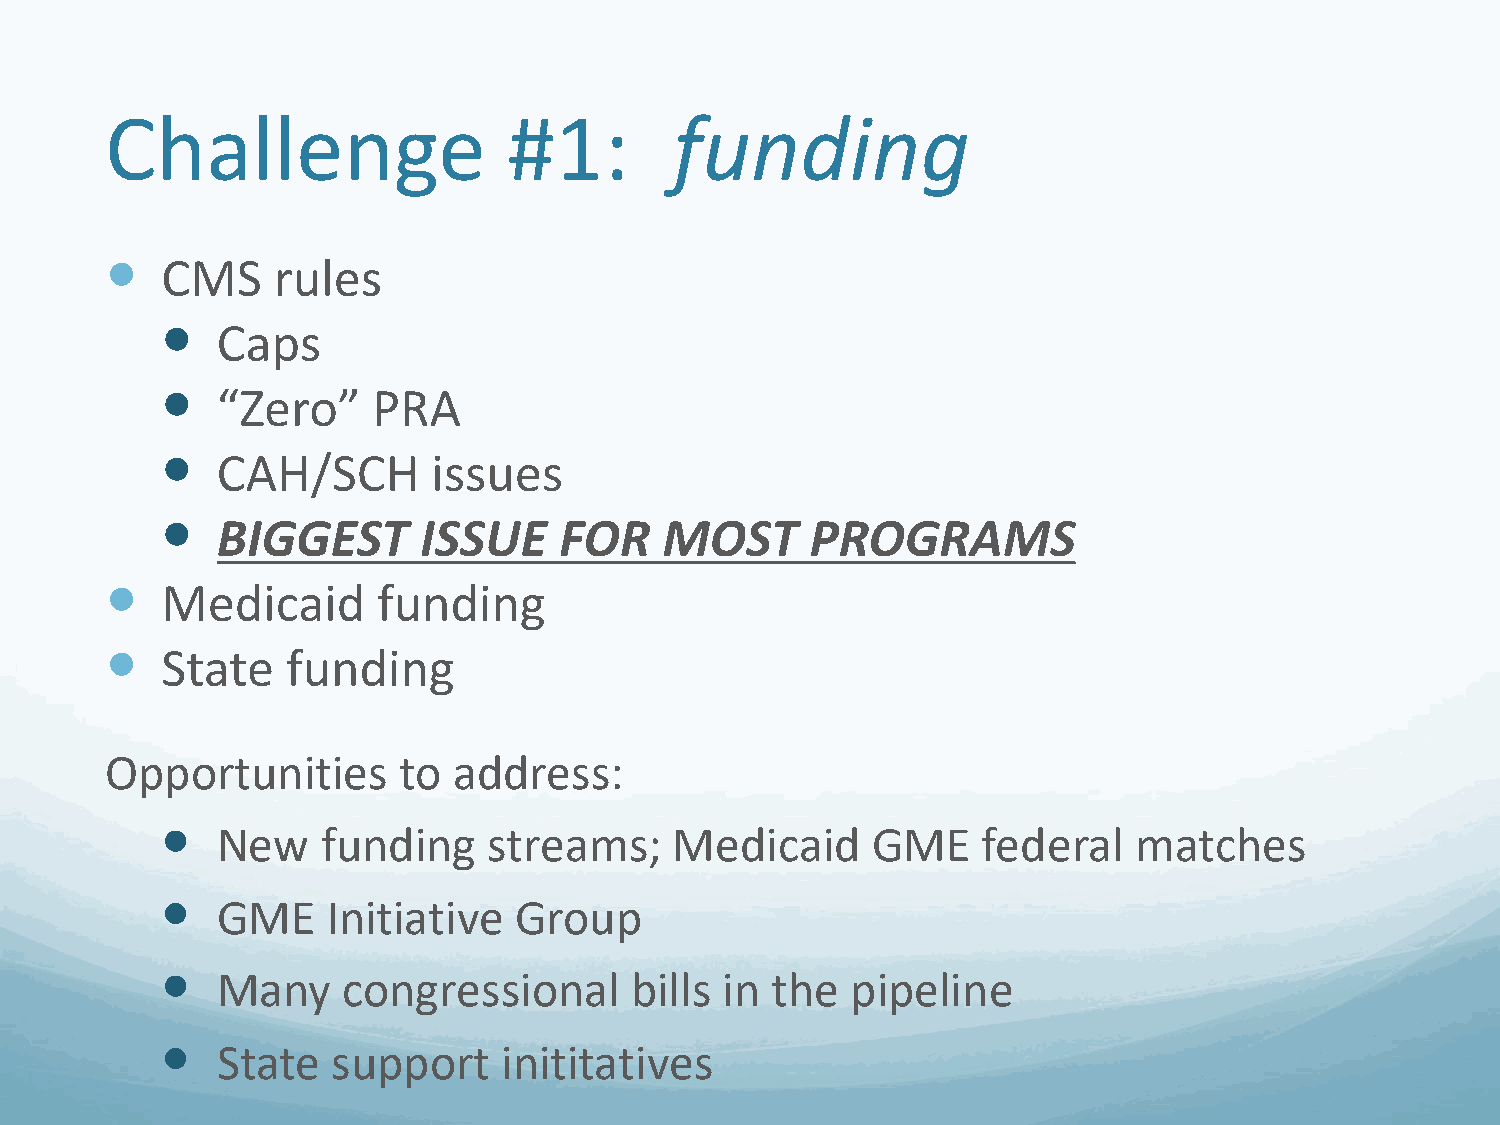
Challenge                  #1:        funding
 
 CMS    rules
 
 Caps
 
 “Zero”     PRA
 
 CAH/SCH        issues
 
 BIGGEST       ISSUE    FOR    MOST      PROGRAMS
 
 Medicaid      funding
 
 State   funding
 Opportunities      to  address:
 
 New    funding    streams;     Medicaid     GME    federal   matches
 
 GME     Initiative  Group
 
 Many     congressional      bills in the  pipeline
 
 State   support    inititatives